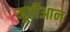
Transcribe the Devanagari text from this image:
मूर्तीआन